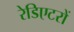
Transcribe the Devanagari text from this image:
रेडिएटरों